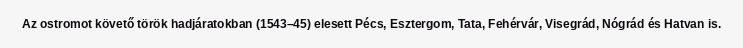
Az ostromot követő török hadjáratokban (1543–45) elesett Pécs, Esztergom, Tata, Fehérvár, Visegrád, Nógrád és Hatvan is.